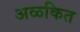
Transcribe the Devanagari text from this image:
अळकित